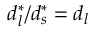
d _ { l } ^ { * } / d _ { s } ^ { * } = d _ { l }